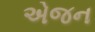
એજન